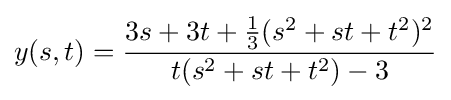
y(s,t)={3s+3t+{1 \over 3}(s^{2}+st+t^{2})^{2} \over t(s^{2}+st+t^{2})-3}